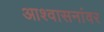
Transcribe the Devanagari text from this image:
आश्वासनांवर